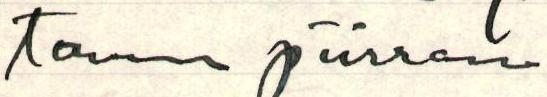
tanne piirrän